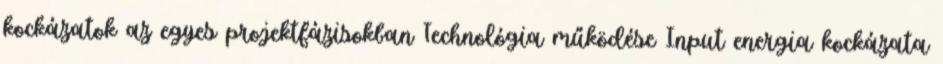
kockázatok az egyes projektfázisokban Technológia működése Input energia kockázata